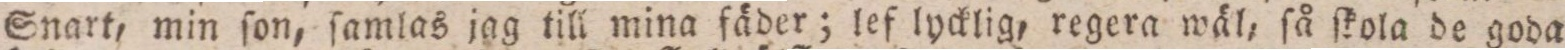
Snart, min ſon, ſamlas jag till mina fäder; lef lycklig, regera wäl, ſå ſkola de goda